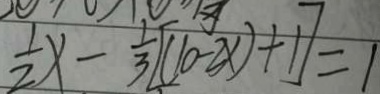
\frac { 1 } { 2 } x - \frac { 1 } { 3 } [ ( 1 0 - 2 x ) + 1 ] = 1